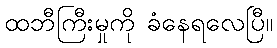
ထဘီကြီးမှုကို ခံနေရလေပြီ။